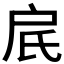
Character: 𬇋